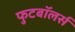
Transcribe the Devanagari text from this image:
फुटबॉलर्स